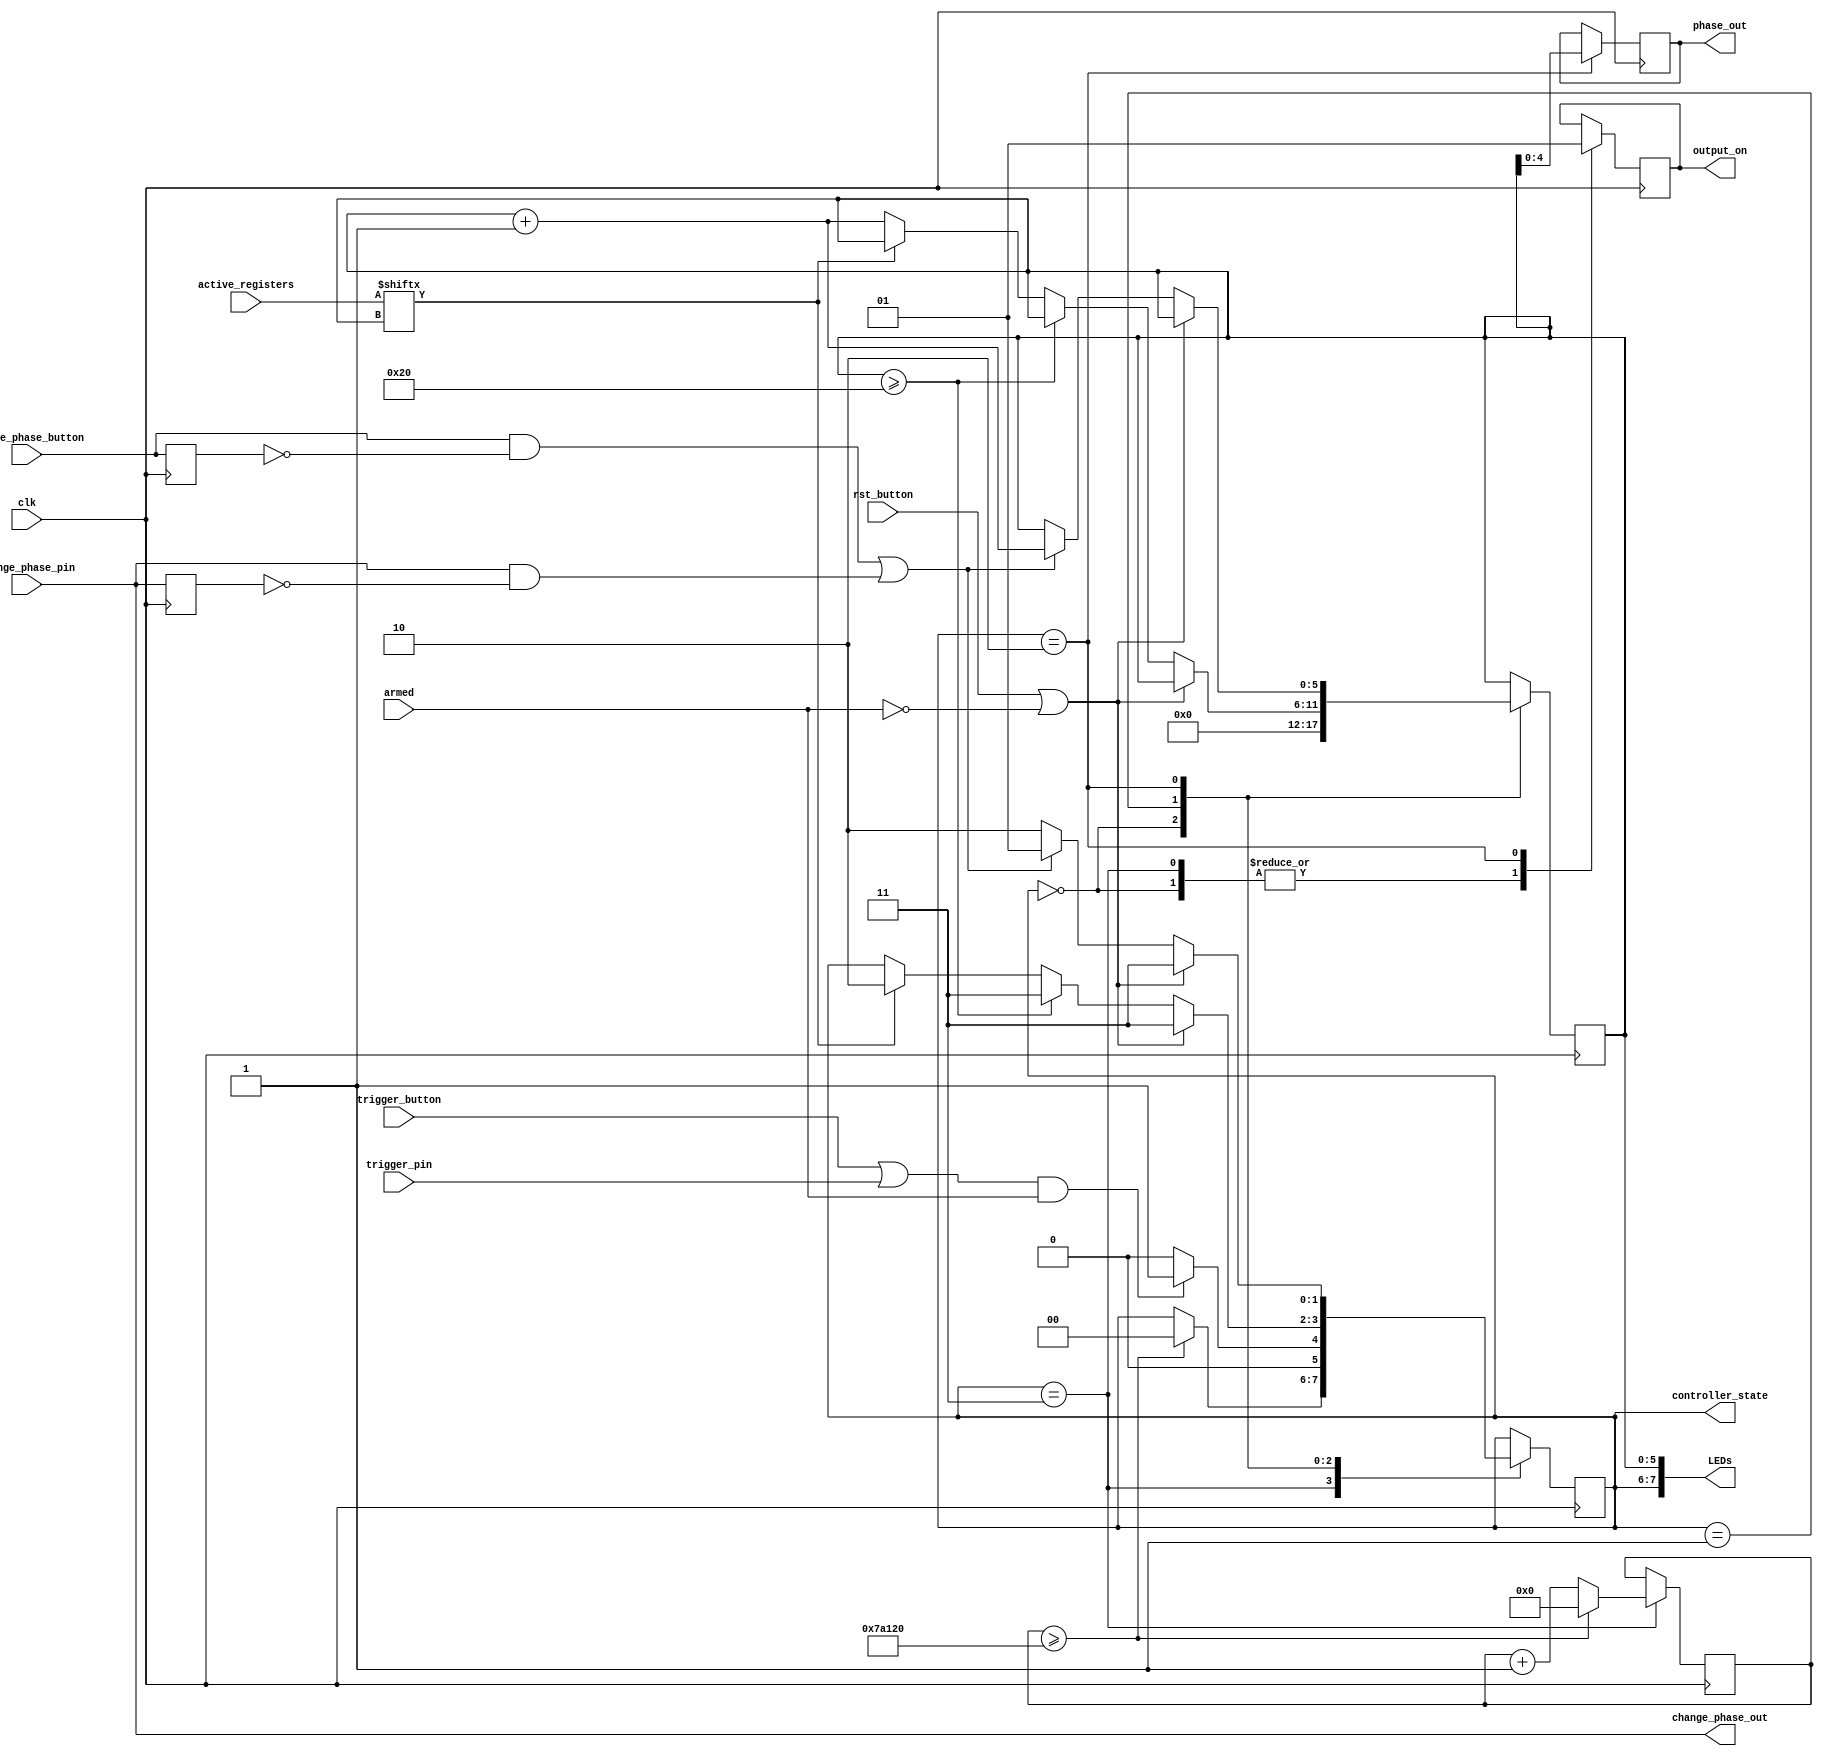
`timescale 1ns / 1ps
module phase_controller(
	input 	     trigger_button,
	input 	     change_phase_button,
	input 	     rst_button,
	input 	     clk,
	input 	     armed,
	input [31:0] active_registers,
	output [4:0] phase_out,
	output 	     output_on,
	output [7:0] LEDs,
	input 	     trigger_pin,
	input 	     change_phase_pin,
	output [1:0] controller_state,	     
	output change_phase_out
    );


parameter [1:0] PRE_IDLE = 2'b11;
parameter [1:0] IDLE = 2'b00;
parameter [1:0] FIND_PHASE = 2'b01;
parameter [1:0] ON = 2'b10;
reg [1:0] state = PRE_IDLE;
reg [5:0] index = 6'b000000;
reg [4:0] phase_output_reg = 0;
reg on_off = 0;
reg [31:0] pre_idle_count;
//always_ff @(posedge clk or posedge reset or posedge change_phase or posedge trigger) begin
//always @(posedge clk, rst, change_phase, trigger) begin
//
reg change_phase_old_button = 0;
reg change_phase_old_pin = 0;
//always @(posedge change_phase) begin
//	change_phase_old = 1;
//end

//always_comb @(posedge trigger, posedge change_phase, posedge rst) begin
always @(posedge clk) begin
	case (state)
		PRE_IDLE: begin
		   on_off<=0;
		   if (pre_idle_count>=500000) begin 
		      pre_idle_count <= 0;
		      state <= IDLE;
		   end
		   else pre_idle_count <= pre_idle_count + 1;
		end
		IDLE: begin
			index <= 0;
			on_off <= 0;
			if (((trigger_button==1) || (trigger_pin==1)) && armed) state <= FIND_PHASE;
			else state <= IDLE;
		end
		FIND_PHASE: begin
			if ((rst_button==1) || (armed==0)) state <= PRE_IDLE;
			else if (index >= 32) state <= PRE_IDLE;
			else if (active_registers[index]==1) state <= ON;
			else index <= index + 1;
		end
		ON: begin
			phase_output_reg <= index[4:0];
			on_off <= 1;
			if ((rst_button==1) || (armed==0)) state <= PRE_IDLE;
			else if (((change_phase_button==1) && (change_phase_old_button==0)) || ((change_phase_pin==1) && (change_phase_old_pin==0))) begin
				index <= index + 1;
				state <= FIND_PHASE;
			end else state <= ON;
		end
	endcase
	change_phase_old_button <= change_phase_button;
   change_phase_old_pin <= change_phase_pin;
end

assign output_on = on_off;
assign phase_out = phase_output_reg;
assign LEDs[5:0] = index;
assign LEDs[7:6] = state;
assign controller_state = state;
assign change_phase_out = change_phase_pin;
endmodule